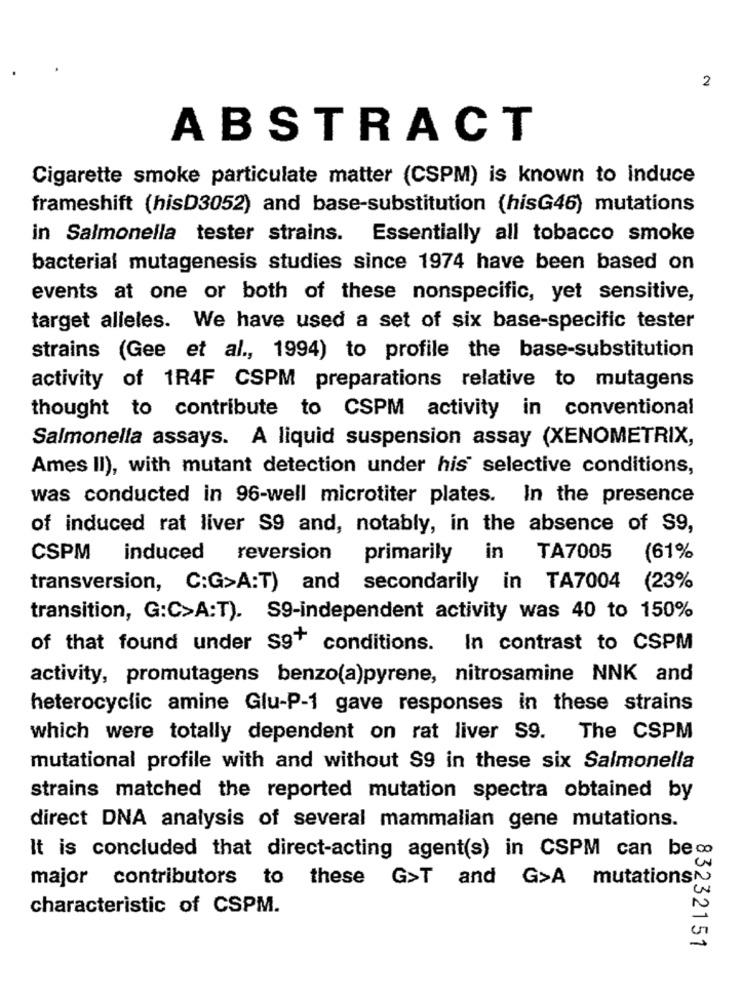
2
ABSTRACT
Cigarette smoke particulate matter (CSPM) is known to induce
frameshift (hisD3052) and base-substitution (hisG46) mutations
in Salmonella tester strains. Essentially all tobacco smoke
bacterial mutagenesis studies since 1974 have been based on
events at one or both of these nonspecific, yet sensitive,
target alleles. We have used a set of six base-specific tester
strains (Gee et al ., 1994) to profile the base-substitution
activity of 1R4F CSPM preparations relative to mutagens
thought to contribute to CSPM activity in conventional
Salmonella assays. A liquid suspension assay (XENOMETRIX,
Ames II), with mutant detection under his selective conditions,
was conducted in 96-well microtiter plates. In the presence
of induced rat liver S9 and, notably, in the absence of S9,
CSPM
induced reversion primarily
in TA7005
(61%
transversion, C:G>A:T) and secondarily in TA7004 (23%
transition, G:C>A:T). S9-independent activity was 40 to 150%
of that found under $9" conditions. In contrast to CSPM
activity, promutagens benzo(a)pyrene, nitrosamine NNK and
heterocyclic amine Glu-P-1 gave responses in these strains
which were totally dependent on rat liver S9. The CSPM
mutational profile with and without $9 in these six Salmonella
strains matched the reported mutation spectra obtained by
direct DNA analysis of several mammalian gene mutations.
It is concluded that direct-acting agent(s) in CSPM can be co
major contributors to these G>T and G>A mutations
characteristic of CSPM.
83232151